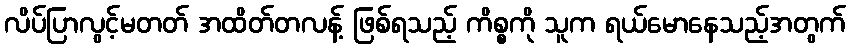
လိပ်ပြာလွင့်မတတ် အထိတ်တလန့် ဖြစ်ရသည့် ကိစ္စကို သူက ရယ်မောနေသည့်အတွက်